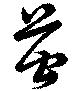
苷